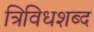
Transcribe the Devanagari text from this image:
त्रिविधशब्द